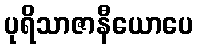
ပုရိသာဇာနီယောပေ